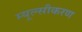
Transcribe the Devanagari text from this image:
म्यूल्सीकरण